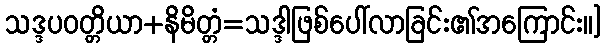
သဒ္ဒပဝတ္တိယာ+နိမိတ္တံ=သဒ္ဒါဖြစ်ပေါ်လာခြင်း၏အကြောင်း။]